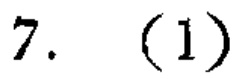
7. (1)